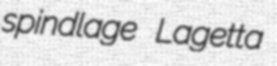
spindlage Lagetta